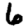
Digit: 6